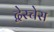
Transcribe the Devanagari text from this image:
द्वेस्चेस